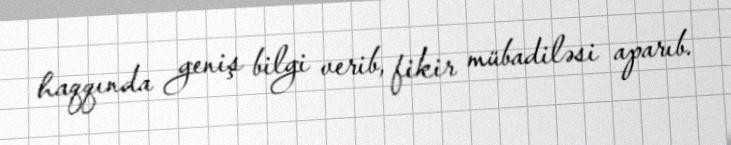
haqqında geniş bilgi verib, fikir mübadiləsi aparıb.